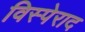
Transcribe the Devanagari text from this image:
विस्पेराद